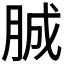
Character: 𦛙